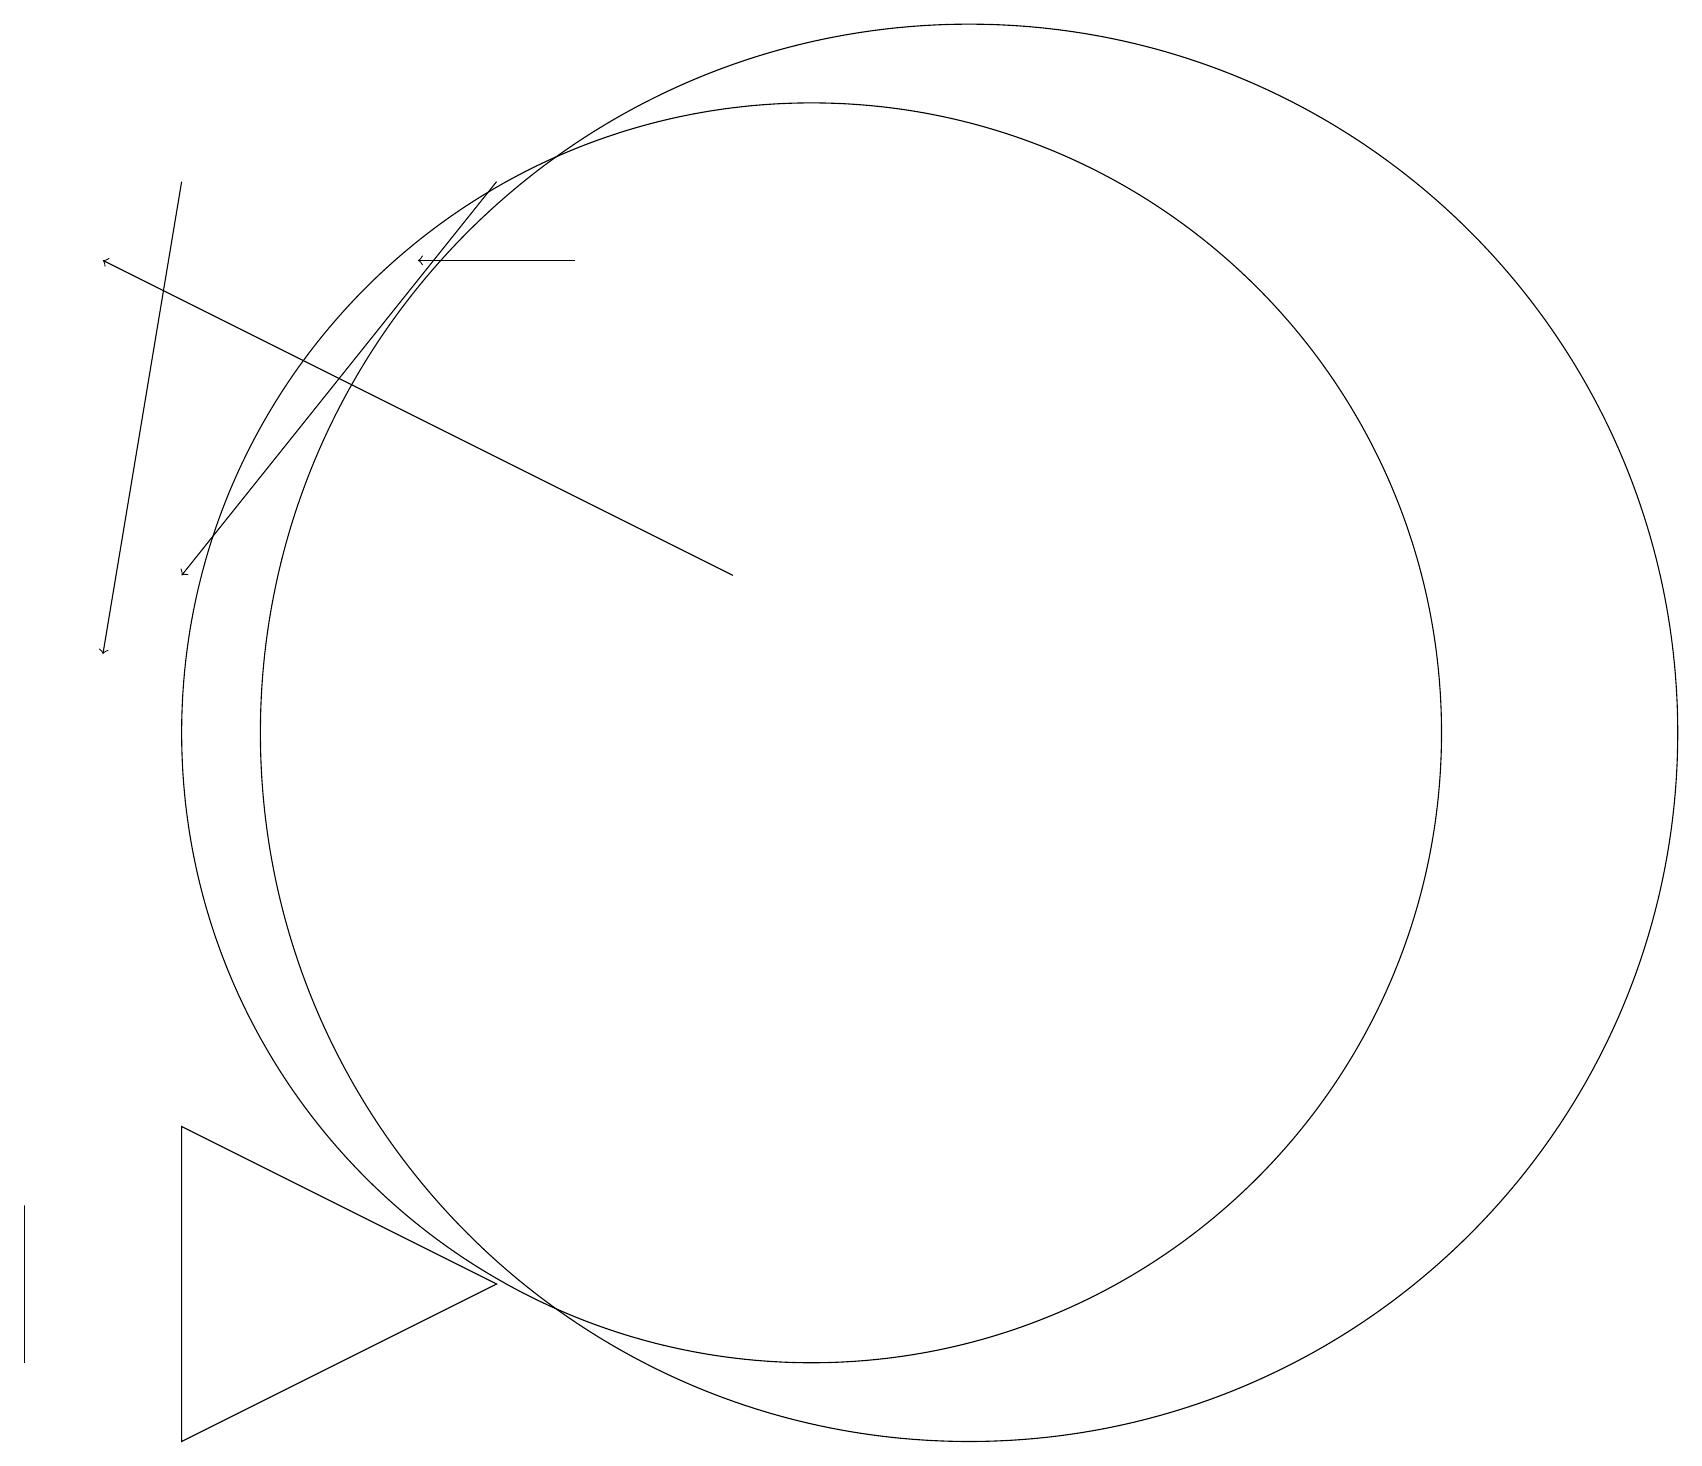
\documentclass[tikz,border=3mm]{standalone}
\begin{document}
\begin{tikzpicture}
\draw[->] (2,17) -- (1,11);
\draw[->] (6,17) -- (2,12);
\draw (12,10) circle (9);
\draw[->] (7,16) -- (5,16);
\draw (10,10) circle (8);
\draw (6,3) -- (2,5) -- (2,1) -- cycle;
\draw (0,3) -- (0,2) -- (0,4) -- cycle;
\draw[->] (9,12) -- (1,16);
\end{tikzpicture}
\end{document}